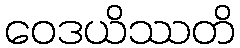
ဝေဒယိဿတိ